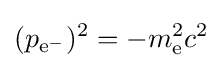
(p_{{\text{e}}^{-}})^{2}=-m_{\text{e}}^{2}c^{2}